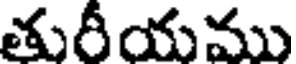
తురీయము